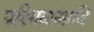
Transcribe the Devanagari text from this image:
परिमळांमाजि